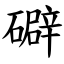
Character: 礔